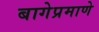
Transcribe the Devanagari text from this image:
बागेप्रमाणे